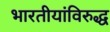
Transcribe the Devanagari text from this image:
भारतीयांविरुद्ध